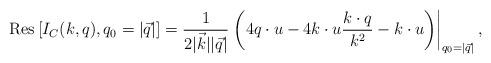
LaTeX: \begin{align*}{\rm Res}\left[I_C(k,q),q_0=|\vec q|\right]=\frac{1}{2|\vec k||\vec q|}\left.\left(4 q\cdot u - 4 k\cdot u \frac{k\cdot q}{k^2} - k\cdot u \right)\right|_{q_0=|\vec q|},\end{align*}